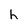
Character: h